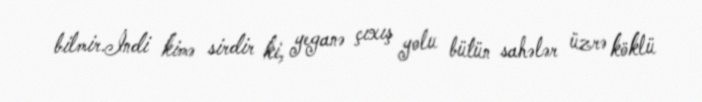
bilmir.İndi kimə sirdir ki, yeganə çıxış yolu bütün sahələr üzrə köklü